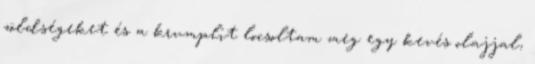
zöldségeket és a krumplit locsoltam meg egy kevés olajjal,